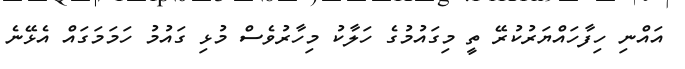
އައްނި ހިފާހައްޔަރުކުރޭ ތީ މިގައުމުގެ ހަލާކު މިހާރުވެސް މުޅި ގައުމު ހަމަމަގައް އެޅޭނެ